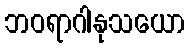
ဘဝရာဂါနုသယော